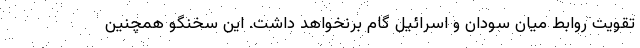
تقویت روابط میان سودان و اسرائیل گام برنخواهد داشت. این سخنگو همچنین